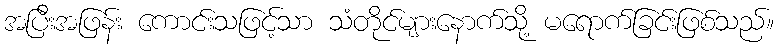
အပြီးအဖြန်း ကောင်းသဖြင့်သာ သံတိုင်များနောက်သို့ မရောက်ခြင်းဖြစ်သည်။